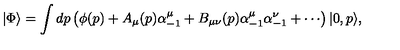
| \Phi \rangle = \int d p \left( \phi ( p ) + A _ { \mu } ( p ) \alpha _ { - 1 } ^ { \mu } + B _ { \mu \nu } ( p ) \alpha _ { - 1 } ^ { \mu } \alpha _ { - 1 } ^ { \nu } + \cdots \right) | 0 , p \rangle ,